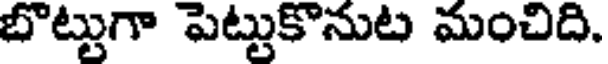
బొట్టుగా పెట్టుకొనుట మంచిది.